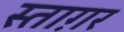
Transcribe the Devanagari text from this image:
स्ताग़र